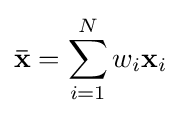
\mathbf {\bar {x}} =\sum _{i=1}^{N}w_{i}\mathbf {x} _{i}